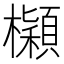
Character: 𣟤